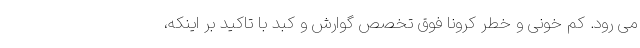
می رود. کم خونی و خطر کرونا فوق تخصص گوارش و کبد با تاکید بر اینکه،